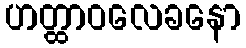
ဟတ္ထာဝလေခနော